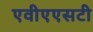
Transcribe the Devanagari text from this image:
एवीएएसटी